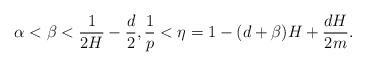
LaTeX: \begin{align*} \alpha < \beta < \frac 1{2H} - \frac d 2, \frac 1p < \eta = 1 - (d+\beta)H + \frac{dH}{2m}. \end{align*}